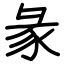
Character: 彖